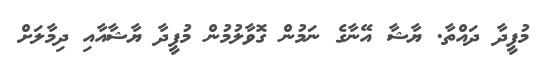
މުފީދާ ދައްތާ. ޔާޝާ އޭނާގެ ނަމުން ގޮވާލުމުން މުފީދާ ޔާޝާއާއި ދިމާލަށް